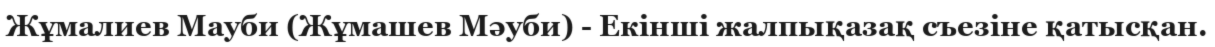
Жұмалиев Мауби (Жұмашев Мәуби) - Екінші жалпықазақ съезіне қатысқан.